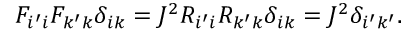
\begin{array} { r } { F _ { i ^ { \prime } i } F _ { k ^ { \prime } k } \delta _ { i k } = J ^ { 2 } R _ { i ^ { \prime } i } R _ { k ^ { \prime } k } \delta _ { i k } = J ^ { 2 } \delta _ { i ^ { \prime } k ^ { \prime } } . } \end{array}